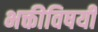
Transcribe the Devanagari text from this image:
भक्तीविषयीं